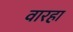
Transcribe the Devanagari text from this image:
वारहा